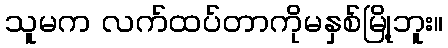
သူမက လက်ထပ်တာကိုမနှစ်မြို့ဘူး။